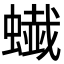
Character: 𧐦